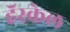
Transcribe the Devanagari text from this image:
हॅस्केल